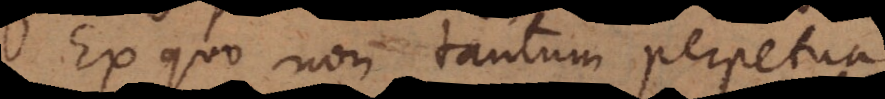
Ex quo non tantum perpetua